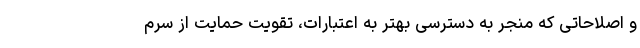
و اصلاحاتی که منجر به دسترسی بهتر به اعتبارات، تقویت حمایت از سرم